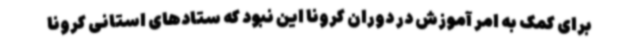
برای کمک به امر آموزش در دوران کرونا این نبود که ستادهای استانی کرونا